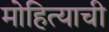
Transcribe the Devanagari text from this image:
मोहित्याची